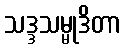
သဒ္ဒသမ္မုဒိတာ